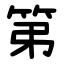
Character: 第